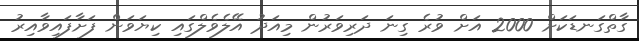
ގާތްގަނޑަކަށް 2000 އަށް ވުރެ ގިނަ ދަރިވަރުން މިއަދު އޭލެވެލްގައި ކިޔަވަން ފަށާފައިވާއިރު